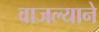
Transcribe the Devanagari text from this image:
वाजल्याने